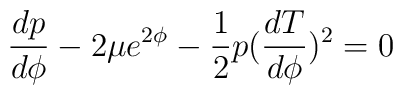
\frac{dp}{d\phi} -2 \mu e^{2\phi}-\frac{1}{2} p (\frac{dT}{d\phi})^2=0